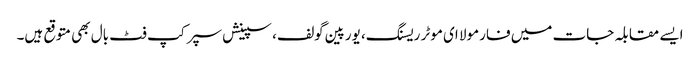
ایسے مقابلہ جات میں فارمولا ای موٹر ریسنگ، یورپین گولف، سپینش سپر کپ فٹ بال بھی متوقع ہیں۔